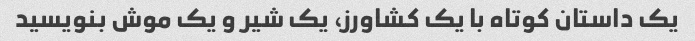
یک داستان کوتاه با یک کشاورز، یک شیر و یک موش بنویسید